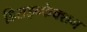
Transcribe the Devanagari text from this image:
डिसइन्फेक्शन